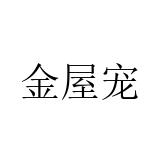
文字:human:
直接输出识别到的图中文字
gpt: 金屋宠